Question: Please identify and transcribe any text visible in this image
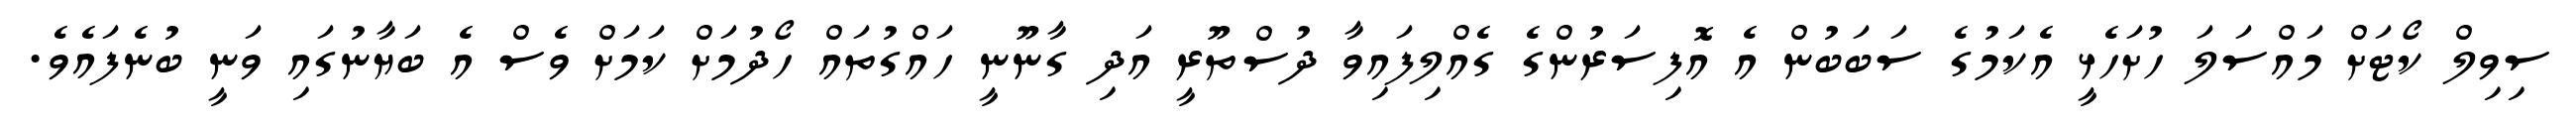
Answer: ސިވިލް ކޯޓަށް މައްސަލަ ހުށަހެޅީ އެކަމުގެ ސަބަބުން އެ އޮފިސަރުންގެ ގެއްލިފައިވާ ދުސްތޫރީ އަދި ގާނޫނީ ހައްގުތައް ހޯދުމަށް ކަމަށް ވެސް އެ ބަޔާނުގައި ވަނީ ބުނެފައެވެ.